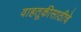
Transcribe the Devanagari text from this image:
वाहतूकीसाठीचे